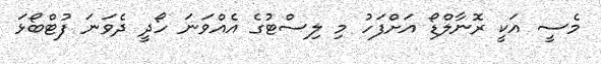
މެސީ އަކީ ރޮނާލްޑޯ އަށްފަހު މި ލިސްޓުގެ އެއްވަނަ ހޯދީ ދެވަނަ ފުޓްބޯޅަ